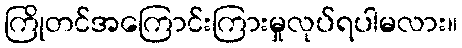
ကြိုတင်အကြောင်းကြားမှုလုပ်ရပါမလား။